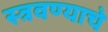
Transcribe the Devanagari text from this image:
स्त्रवण्याचे